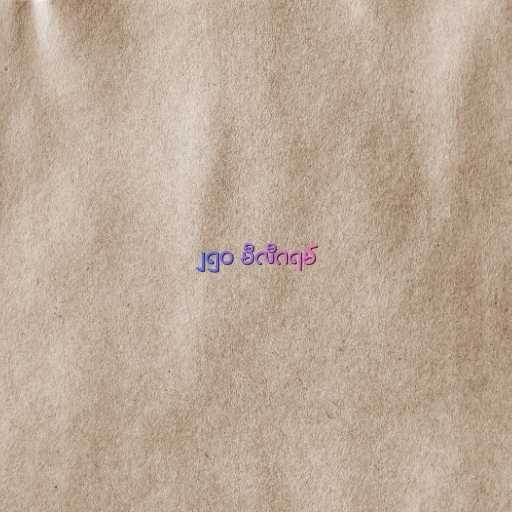
၂၅၀ မီလီဂရမ်